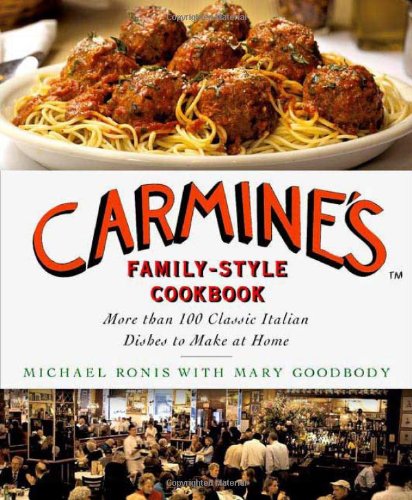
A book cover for Carmine's Family-Style Cookbook: More Than 100 Classic Italian Dishes to Make at Home; Michael Ronis; Cookbooks, Food & Wine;